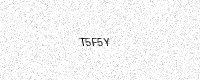
Text: T5F5Y